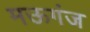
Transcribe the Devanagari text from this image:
मऊगंज